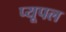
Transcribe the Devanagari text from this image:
प्यूपल